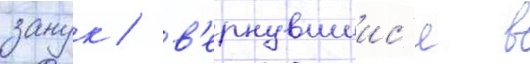
занук / в'ернувшиис'я в